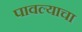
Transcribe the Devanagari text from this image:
पावल्याचा